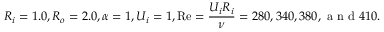
R _ { i } = 1 . 0 , R _ { o } = 2 . 0 , \alpha = 1 , U _ { i } = 1 , \mathrm { R e } = \frac { U _ { i } R _ { i } } { \nu } = 2 8 0 , 3 4 0 , 3 8 0 , \mathrm { ~ a ~ n ~ d ~ } 4 1 0 .